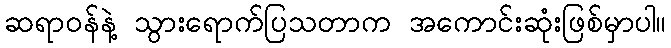
ဆရာဝန်နဲ့ သွားရောက်ပြသတာက အကောင်းဆုံးဖြစ်မှာပါ။